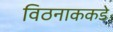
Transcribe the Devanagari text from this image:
विठनाककडे